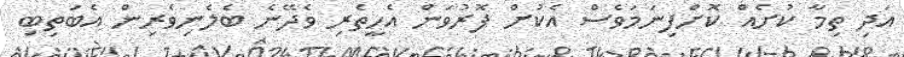
އަދި ތިމާ ކުށެއް ކޮށްފިނަމަވެސް އެކުށް ފޮރުވަން އެހީތެރި ވެދޭނެ ބެލެނިވެރިން އެބަތިބި